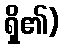
ရှိ၏)